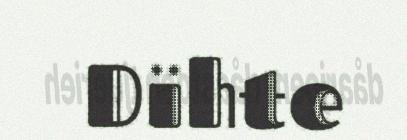
Dïhte